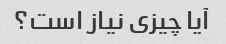
آیا چیزی نیاز است؟